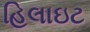
હિલાઇટ